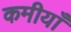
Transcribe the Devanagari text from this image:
कमीयाँ